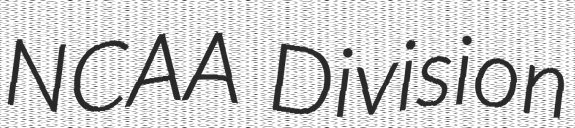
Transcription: NCAA Division